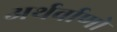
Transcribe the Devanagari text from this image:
अर्थर्वाणो